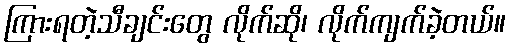
ကြားရတဲ့သီချင်းတွေ လိုက်ဆို၊ လိုက်ကျက်ခဲ့တယ်။